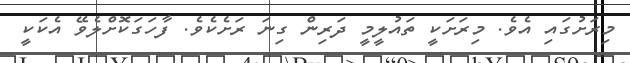
މިރަށުގައި އެވެ. މިރަށަކީ ތައުލީމީ ދަރިން ގިނަ ރަށެކެވެ. ފާހަގަކޮށްލެވޭ އެކަކީ